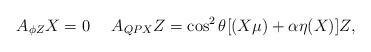
LaTeX: \begin{align*}A_{\phi Z}X=0\ \ \ \ A_{QPX}Z=\cos^2\theta[(X\mu)+\alpha \eta(X)]Z,\end{align*}